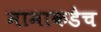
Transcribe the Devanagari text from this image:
मामाकडेच